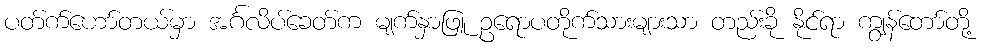
ပတ်က်ဟော်တယ်မှာ အင်္ဂလိပ်ခေတ်က မျက်နှာဖြူ ဥရောပတိုက်သားများသာ တည်းခို နိုင်ရာ ကျွန်တော်တို့